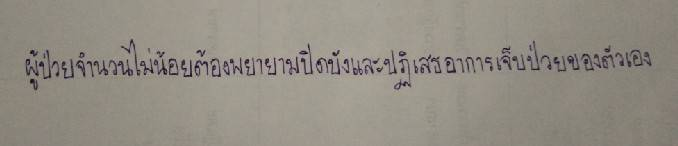
ผู้ป่วยจำนวนไม่น้อยต้องพยายามปิดบังและปฏิเสธอาการเจ็บป่วยของตัวเอง